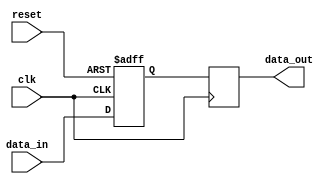
module simple_bypass_register (
    input wire clk,
    input wire reset,
    input wire data_in,
    output reg data_out
);

reg [7:0] stored_data;

always @(posedge clk or posedge reset) begin
    if (reset) begin
        stored_data <= 8'b0;
    end else begin
        stored_data <= data_in;
    end
end

always @(posedge clk) begin
    data_out <= stored_data;
end

endmodule